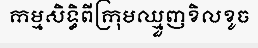
កម្មសិទ្ធិពីក្រុមឈ្មួញខិលខូច